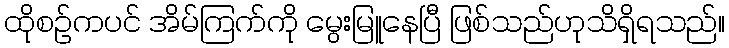
ထိုစဉ်ကပင် အိမ်ကြက်ကို မွေးမြူနေပြီ ဖြစ်သည်ဟုသိရှိရသည်။